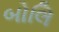
બોલિ